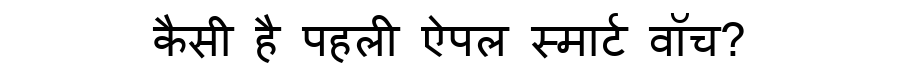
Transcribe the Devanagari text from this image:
कैसी है पहली ऐपल स्मार्ट वॉच?